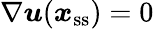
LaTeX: \nabla\boldsymbol u(\boldsymbol{x}_{\mathrm{ss}})=0